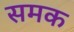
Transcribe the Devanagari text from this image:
समक